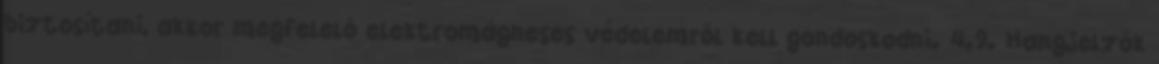
biztosítani, akkor megfelelõ elektromágneses védelemrõl kell gondoskodni. 4.9. Hangjelzõk